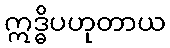
ဣဒ္ဓိပဟုတာယ